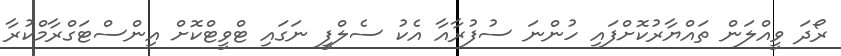
ރޯދަ ވީއްލަން ތައްޔާރުކޮށްފައި ހުންނަ ސުފުރާއާ އެކު ސެލްފީ ނަގައި ޓްވީޓްކޮށް އިންސްޓަގްރާމްކުރާ